Manual of vaccination for the United Provinces of Agra and Oudh -
Year: 1903
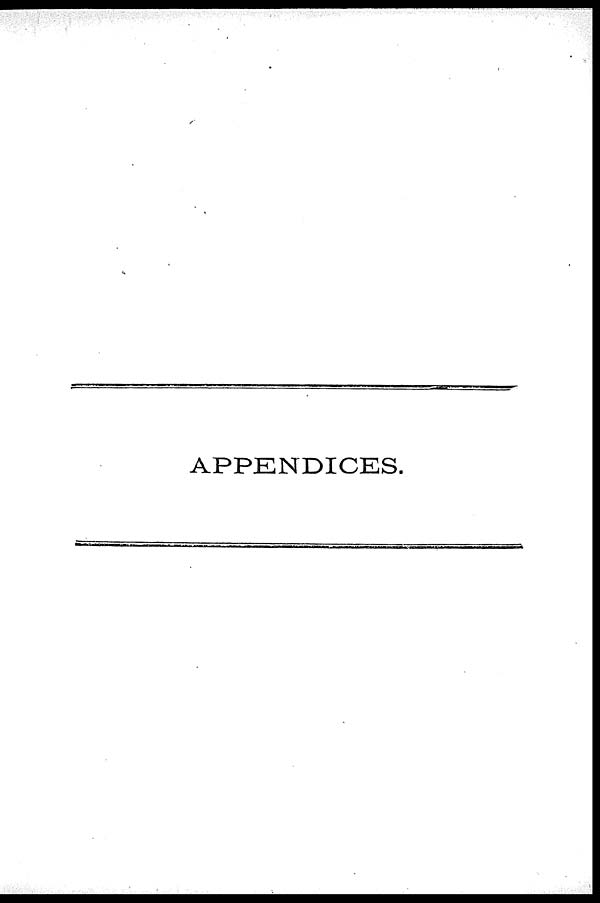
APPENDICES.